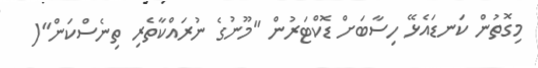
މިގޮތުން ކަނޑައެޅޭ ހިސާބަށް ޑޮކްޓަރުން ''މޫނުގެ ނުރައްކާތެރި ތިނެސްކަން''(